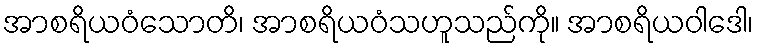
အာစရိယဝံသောတိ၊ အာစရိယဝံသဟူသည်ကို။ အာစရိယဝါဒေါ၊